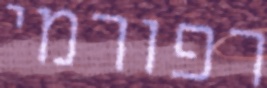
רפורמי